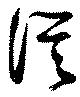
従